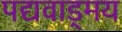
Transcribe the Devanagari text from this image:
पद्यवाड्मय